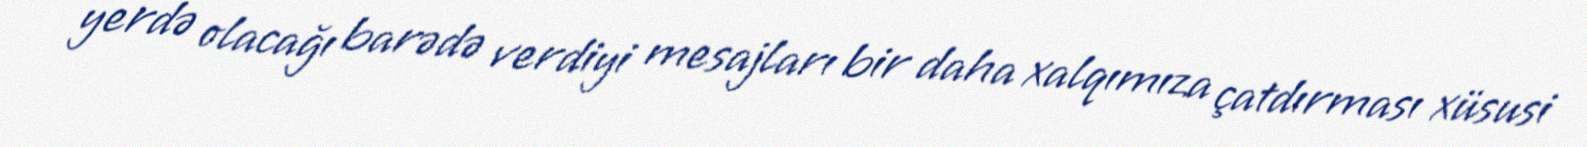
yerdə olacağı barədə verdiyi mesajları bir daha xalqımıza çatdırması xüsusi